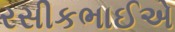
રસીકભાઈએ